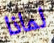
لماذا